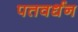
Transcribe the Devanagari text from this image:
पतवर्धन